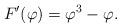
LaTeX: \begin{align*}F'(\varphi) = \varphi^3 - \varphi.\end{align*}